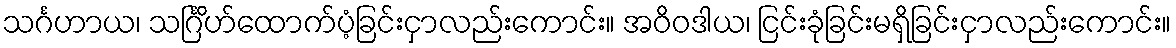
သင်္ဂဟာယ၊ သင်္ဂြိဟ်ထောက်ပံ့ခြင်းငှာလည်းကောင်း။ အဝိဝဒါယ၊ ငြင်းခုံခြင်းမရှိခြင်းငှာလည်းကောင်း။